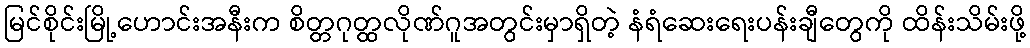
မြင်စိုင်းမြို့ဟောင်းအနီးက စိတ္တဂုတ္ထလိုဏ်ဂူအတွင်းမှာရှိတဲ့ နံရံဆေးရေးပန်းချီတွေကို ထိန်းသိမ်းဖို့